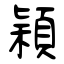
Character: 穎